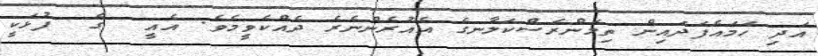
އަދި ހަމައެފަދައިން ތިމަންރަސްކަލާނގެ އެއުރެންނެރެ ދެއްކެވީމެވެ. އެއީ  ގެ  ފުޅަކީ